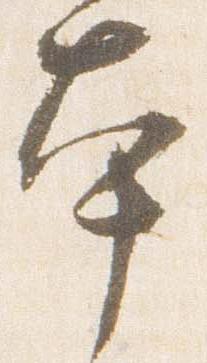
本